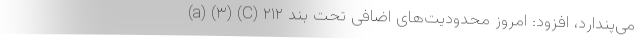
می‌پندارد، افزود: امروز محدودیت‌های اضافی تحت بند ۲۱۲ (a) (۳) (C)